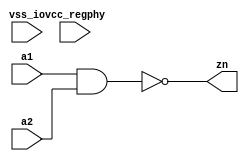
// This program was cloned from: https://github.com/chipsalliance/aib-phy-hardware
// License: Apache License 2.0

// SPDX-License-Identifier: Apache-2.0
// Copyright (C) 2019 Intel Corporation. 
//Verilog HDL for "aibcr_lib", "aibcr_inv_split_align" "verilog"


module aibcr3_nd2d0_custom (zn, a1, a2, vcc_regphy, vss_io );

  output zn;
  input a2;
  input a1;
  input vss_io;
  input vcc_regphy;

  assign zn = ~(a1 && a2) ;

endmodule